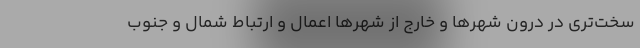
سخت‌تری در درون شهرها و خارج از شهرها اعمال و ارتباط شمال و جنوب